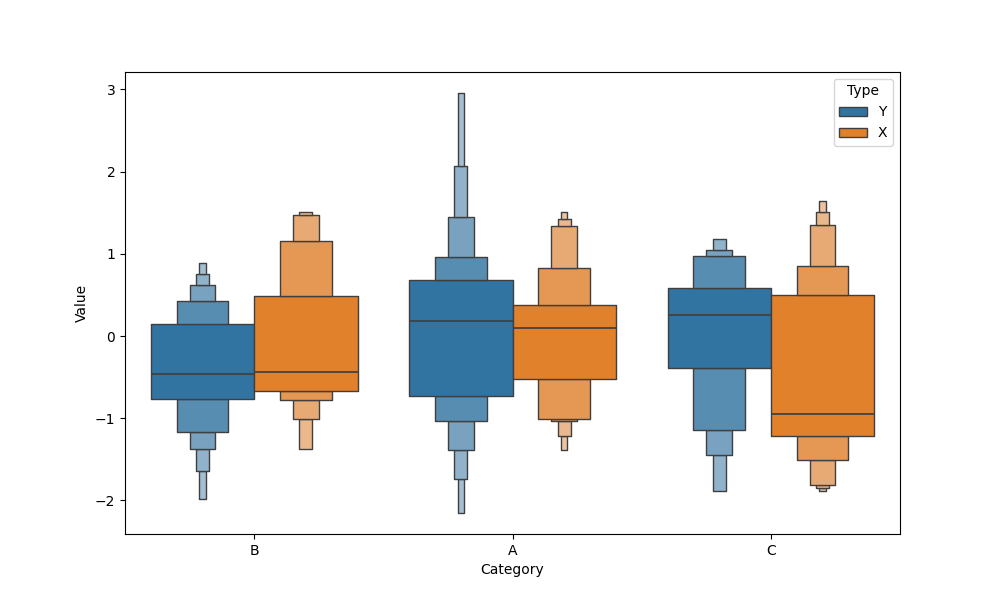
python, seaborn, boxenplot, k_depth='full', linewidth=1, scale='exponential', outlier_prop=0.1, showfliers=True